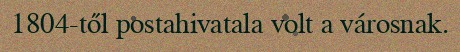
1804-től postahivatala volt a városnak.